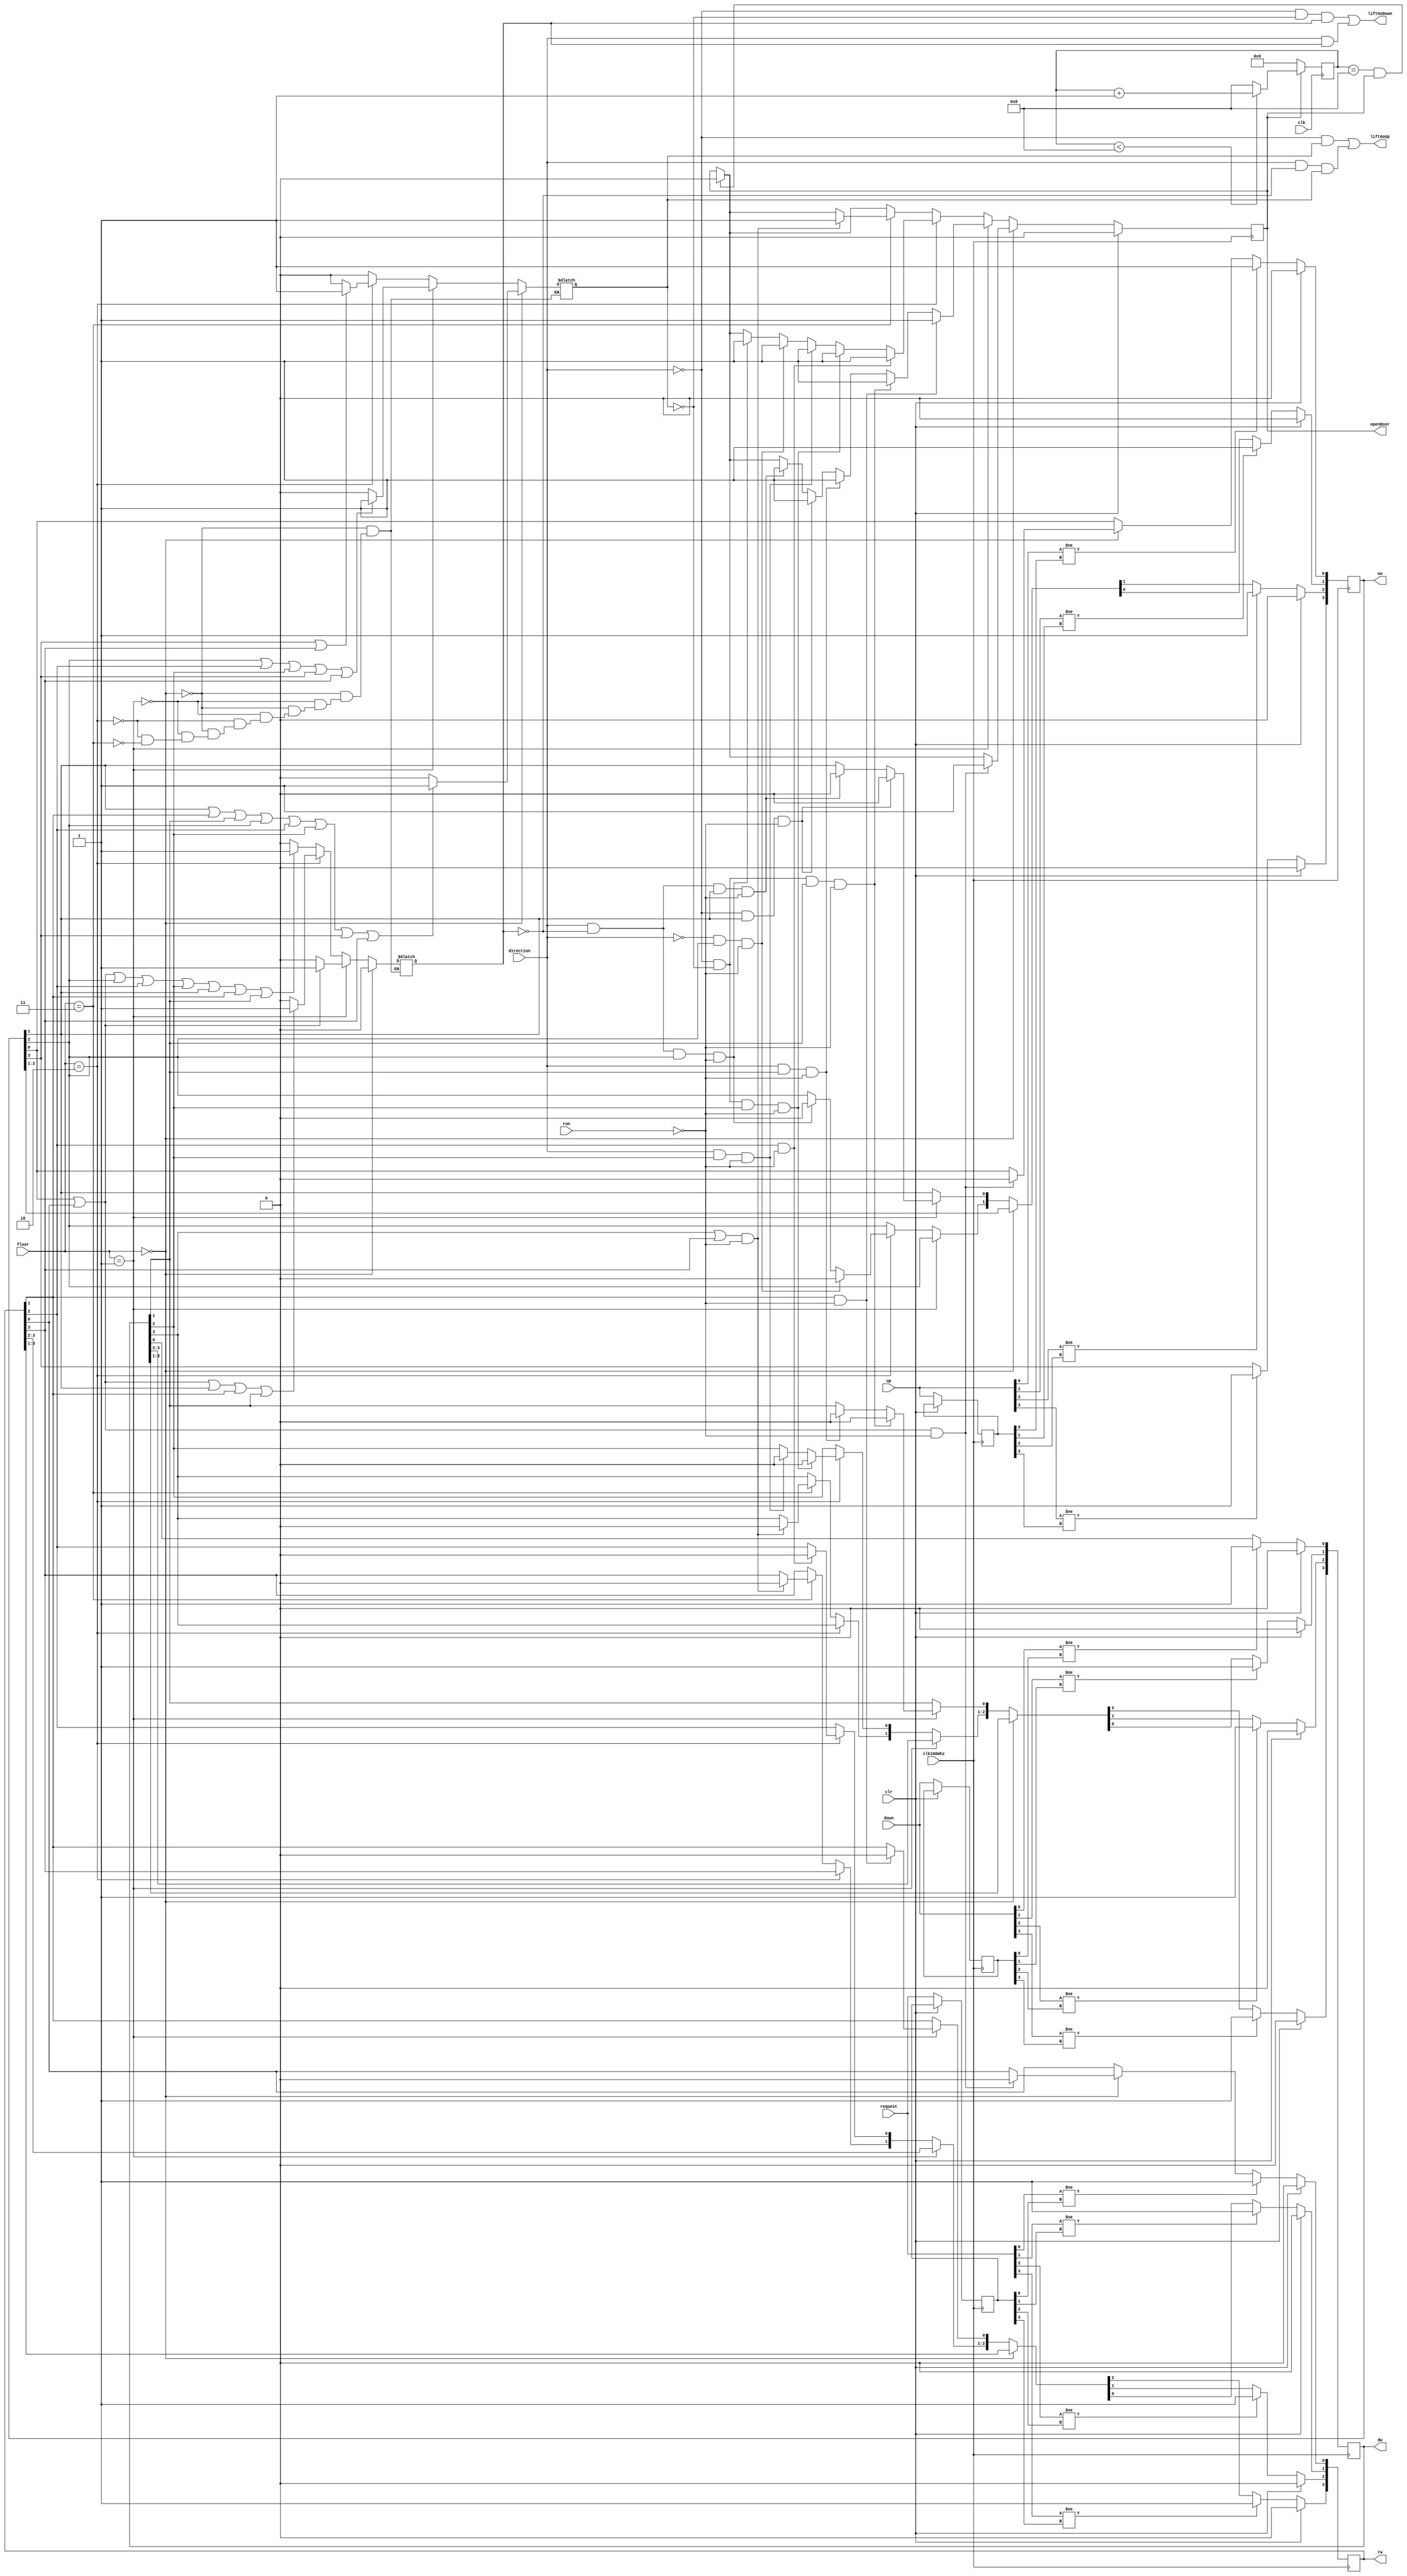
`timescale 1ns / 1ps

module solve(
	input  clk100mhz,
	input  clk,
	input  run,
	input  [3:0] up,
	input  [3:0] down,
	input  [3:0] request,
	input  [1:0] floor, 
	input  direction,
	input  clr,

	output liftGoUp,
	output liftGoDown,
	output openDoor,

	output [3:0] uw,
	output [3:0] dw,
	output [3:0] rw
);

	reg hasUpRequest=0;
	reg hasDownRequest=0;
	reg open=0;
   
	assign liftGoUp=(!direction & hasUpRequest) | (direction & !hasDownRequest & hasUpRequest);
	assign liftGoDown=(!direction & !hasUpRequest & hasDownRequest) |(direction & hasDownRequest);
	assign openDoor=open;
	
	reg [3:0] upInit;
	reg [3:0] downInit;
	reg [3:0] requestInit;
	reg [3:0] upStash;
	reg [3:0] downStash;
	reg [3:0] requestStash;
	reg [3:0] canopen;

	initial begin
		upInit=4'b0000;
		downInit=4'b0000;
		requestInit=4'b0000;
		upStash=4'b0000;
		downStash=4'b0000;
		requestStash=4'b0000;
		canopen=4'b0000;
	end
	
	assign uw=upStash;
	assign dw=downStash;
	assign rw=requestStash;
	
	always@(posedge clk)begin
		if(open==1) begin
			if(canopen<8)
				canopen=canopen+1;
			else
				canopen=8;
		end
		else
			canopen=0;
	end
	
	//
	always @(*) begin
		if(floor==2'b00) begin // 
			hasDownRequest=0;
			if(upStash[1]||requestStash[1]||downStash[1]||upStash[2]||requestStash[2]||downStash[2]||upStash[3]||requestStash[3]) // any request
				hasUpRequest=1;
			else
				hasUpRequest=0;
		end
		else if(floor==2'b01) begin // /
			if(upStash[2]||requestStash[2]||downStash[2]||upStash[3]||requestStash[3])
				hasUpRequest=1;
			else
				hasUpRequest=0;
			if(upStash[0]||requestStash[0])
				hasDownRequest=1;
			else
			 	hasDownRequest=0;
			end
			else if(floor==2'b10) begin  // /
				if(upStash[3]||requestStash[3])
					hasUpRequest=1;
				else
					hasUpRequest=0;
				if(upStash[0]||requestStash[0]||upStash[1]||requestStash[1]||downStash[1])
					hasDownRequest=1;
				else
					hasDownRequest=0;
			end
			else if(floor==2'b11) begin // 
				hasUpRequest=0;
			if(upStash[0]||requestStash[0]||upStash[2]||requestStash[2]||downStash[2]||upStash[1]||requestStash[1]||downStash[1])
				hasDownRequest=1;
			else  
				hasDownRequest=0;
		end
	end
	
	always@(posedge clk100mhz)
			if(clr) begin
				upStash=0;
				requestStash=0;
				downStash=0;
				open=0;
			end
			else begin 
			if(canopen==4'b1000&&open==1) begin
				open=0;
			end
			else begin
				
			end
			if(floor==0) begin // 
				if((upStash[0]==1||requestStash[0]==1)&&!run) begin //
					upStash[0]=0;
					requestStash[0]=0;
					open=1;
				end
				else begin
					
				end
			end
			else if(floor==2'b01) begin //
				if(!direction&&upStash[1]&&!run) begin 
					upStash[1]=0;
					open=1;
				end
				else if(direction&&!hasDownRequest&&upStash[1]&&!run) begin
					upStash[1]=0;
					open=1;
				end
				else begin
				
				end
				if(!direction&&!hasUpRequest&&downStash[1]&&!run) begin
					downStash[1]=0;
					open=1;
				end
				else if(direction&&downStash[1]&&!run) begin
					downStash[1]=0;
					open=1;
				end
				else begin

				end
				if(requestStash[1]==1&&!run) begin
					requestStash[1]=0;
					open=1;
				end
				else begin
					
				end
			end
			else if(floor==2'b10) begin //
				if(direction==0&&upStash[2]==1&&!run) begin
					upStash[2]=0;
					open=1;
				end
				else if(direction&&!hasDownRequest&&upStash[2]&&!run) begin
					upStash[2]=0;
					open=1;
				end
				else begin
					
				end
				if(!direction&&!hasUpRequest&&downStash[2]&&!run) begin
					downStash[2]=0;
					open=1;
				end
				else if(direction&&downStash[2]&&!run) begin
					downStash[2]=0;
					open=1;
				end
				else begin
					
				end
				if(requestStash[2]==1&&!run) begin
					requestStash[2]=0;
					open=1;
				end
				else begin
					
				end
			end
			else if(floor==2'b11) begin
				if((downStash[3]==1||requestStash[3]==1)&&!run) begin
					downStash[3]=0;
					requestStash[3]=0;
					open=1;
				end
				else begin
					
				end
			end
			if(down[0]!= downInit[0]) begin
				downStash[0]=1;
			end
			else begin
					
			end
			if(up[0]!= upInit[0]) begin
				upStash[0]=1;
			end
			else begin
					
			end
			if(request[0]!= requestInit[0]) begin
				requestStash[0]=1;
			end
			else begin
					
			end
			if(up[1]!= upInit[1]) begin
				upStash[1]=1;
			end
			else begin
					
			end
			if(request[1]!= requestInit[1]) begin
				requestStash[1]=1;
			end
			else begin
					
			end
			if(down[1]!= downInit[1]) begin
				downStash[1]=1;
			end
			else begin
					
			end  
			if(up[2]!= upInit[2]) begin
				upStash[2]=1;
			end
			else begin
					
			end
			if(request[2]!= requestInit[2]) begin
				requestStash[2]=1;
			end
			else begin
					
			end
			if(down[2]!= downInit[2]) begin
				downStash[2]=1;
			end
			else begin
					
			end  
			if(up[3]!= upInit[3]) begin
				upStash[3]=1;
			end
			else begin
					
			end
			if(request[3]!= requestInit[3]) begin
				requestStash[3]=1;
			end
			else begin
					
			end
			if(down[3]!= downInit[3]) begin
				downStash[3]=1;
			end
			else begin
					
			end  

			upInit=up;
			downInit=down;
			requestInit=request;
	end
	
	
endmodule